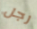
رجل